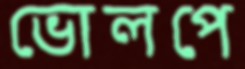
ভোলপে